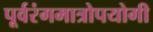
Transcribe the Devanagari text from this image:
पूर्वरंगमात्रोपयोगी